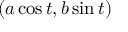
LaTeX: ( a \cos t , b \sin t )